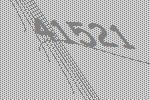
41521